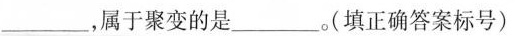
___，属于聚变的是___。(填正确答案标号)